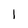
Character: 1